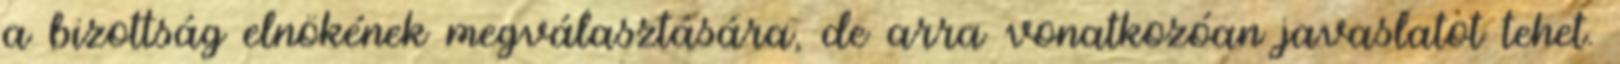
a bizottság elnökének megválasztására, de arra vonatkozóan javaslatot tehet.